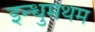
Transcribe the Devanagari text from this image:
इन्धुमथम